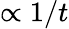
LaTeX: \propto 1/t